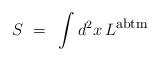
LaTeX: \begin{align*}S ~=~ \int d^2 x \, L^{\mbox{\footnotesize{abtm}}}\end{align*}